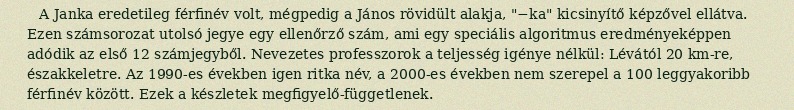
A Janka eredetileg férfinév volt, mégpedig a János rövidült alakja, "−ka" kicsinyítő képzővel ellátva. Ezen számsorozat utolsó jegye egy ellenőrző szám, ami egy speciális algoritmus eredményeképpen adódik az első 12 számjegyből. Nevezetes professzorok a teljesség igénye nélkül: Lévától 20 km-re, északkeletre. Az 1990-es években igen ritka név, a 2000-es években nem szerepel a 100 leggyakoribb férfinév között. Ezek a készletek megfigyelő-függetlenek.